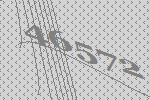
46572